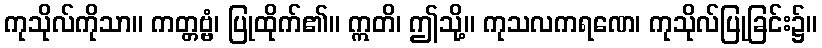
ကုသိုလ်ကိုသာ။ ကတ္တဗ္ဗံ၊ ပြုထိုက်၏။ ဣတိ၊ ဤသို့။ ကုသလကရဏေ၊ ကုသိုလ်ပြုခြင်း၌။